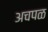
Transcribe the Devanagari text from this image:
अचपळ